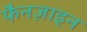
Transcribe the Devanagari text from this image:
फैनज़ाइन